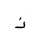
Letter: _thal